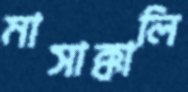
মাসাক্কালি